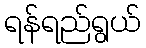
ရန်ရည်ရွယ်